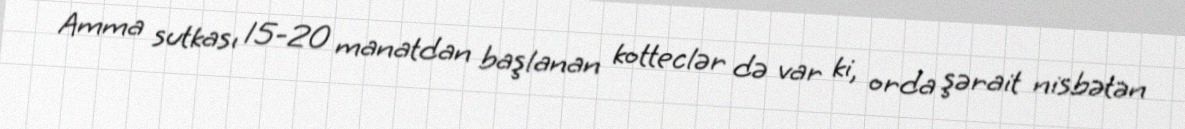
Amma sutkası 15-20 manatdan başlanan kotteclər də var ki, orda şərait nisbətən